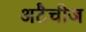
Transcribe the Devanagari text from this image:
अटैचीज